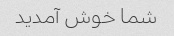
شما خوش آمدید